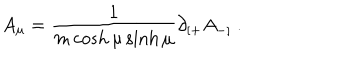
A _ { \mu } = \frac { 1 } { m \cosh \mu \sinh \mu } \partial _ { [ + } A _ { - ] } \ .